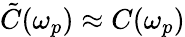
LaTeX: \tilde{C}(\omega_{p})\approx C(\omega_{p})